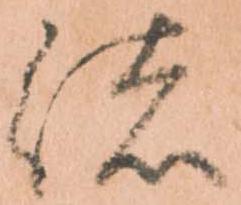
緒